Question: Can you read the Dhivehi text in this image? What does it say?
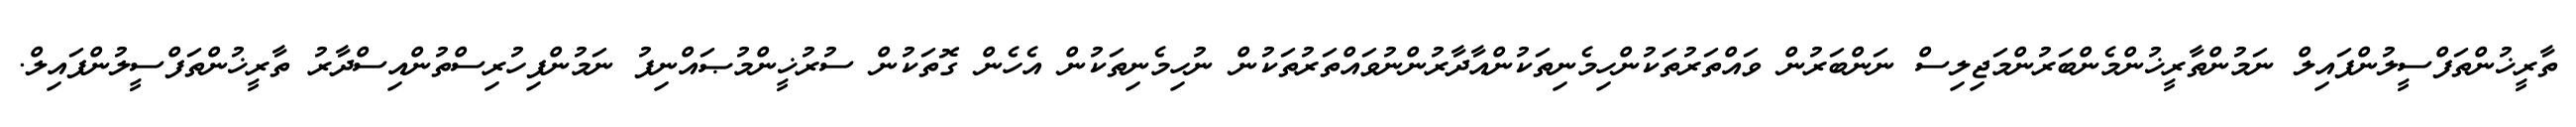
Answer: ތާރީޚުންތަފްސީލުންފައިލް ނަމުންތާރީޚުންމެންބަރުންމަޖިލިސް ނަންބަރުން ވައްތަރުތަކުންހިމެނިތަކުންއާދާރުންނުވައްތަރުތަކުން ނުހިމެނިތަކުން އެހެން ގޮތަކުން ސުރުޚީންމުޞައްނިފު ނަމުންފިހުރިސްތުންއިސްދާރު ތާރީޚުންތަފްސީލުންފައިލް.